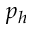
p _ { h }